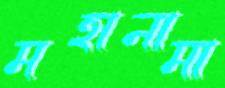
মহানামা